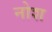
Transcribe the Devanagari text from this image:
नोश